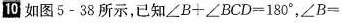
Ⅲ如图5-38所示，已知$$∠ B + ∠ B C D = 1 8 0 °$$，$$∠ B